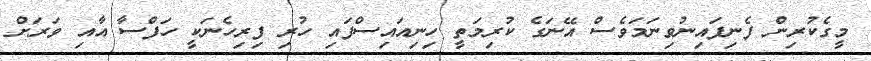
މީގެކުރިން ފެނިފައިނުވިނަމަވެސް އޭނަގެ ކުރިމަތީ ހިނިއައިސްފައި ހުރި ފިރިހެނަކީ ހަފްސާ އާއި ވަރަށް